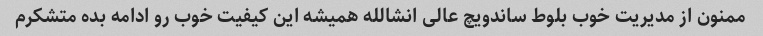
ممنون از مدیریت خوب بلوط ساندویچ عالی انشالله همیشه این کیفیت خوب رو ادامه بده متشکرم